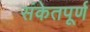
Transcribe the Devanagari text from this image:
संकेतपूर्ण